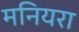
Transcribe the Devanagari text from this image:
मनियरा